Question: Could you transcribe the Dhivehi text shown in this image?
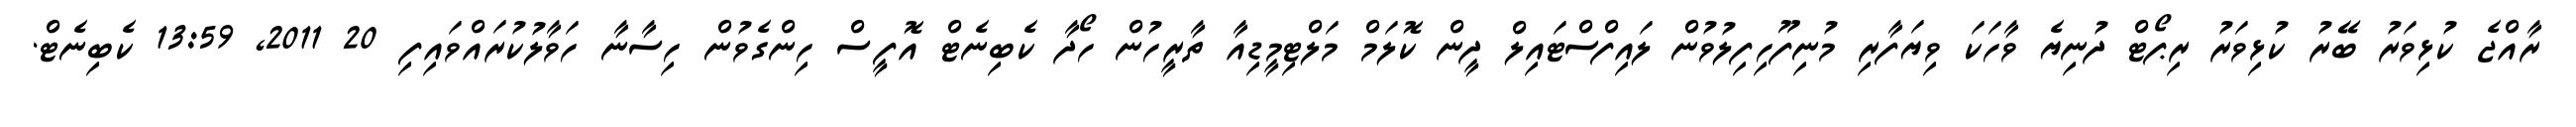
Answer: ރާއްޖެ ކުޅިވަރު ބޭރު ކުޅިވަރު ރިޕޯޓް ދުނިޔެ ވާހަކަ ވިޔަފާރި މުނިފޫހިފިލުވުން ލައިފްސްޓައިލް ދީން ކޮލަމް މަލްޓިމީޑިއާ ތާރީހުން ހޯދާ ކެބިނެޓް އޮފީސް ހިންގެވުން ހިސާނާ ހަވާލުކުރައްވައިފި 20 2011, 13:59 ކެބިނެޓް.